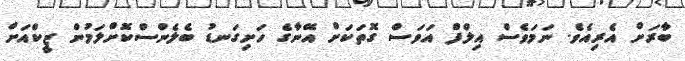
ބާރަށް އެރިއެވެ. ނަމަވެސް އިލްފް އަވަސް ގޮތަކަށް އޭނާގެ ހަށިގަނޑު ބެލެންސްކޮށްލަމުން ޒީކްއަށް